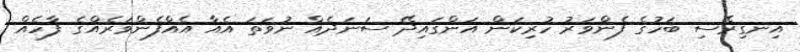
އިނގިރޭސި ބަހުގެ ފެންވަރު ހުރިކަން އަންގައިދޭ ސަނަދެއް ނުވަތަ އެއާ އެއްފެންވަރެއްގެ ފާހެއް